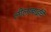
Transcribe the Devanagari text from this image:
लीलाबाईंचे